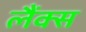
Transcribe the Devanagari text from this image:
लैंक्स